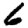
Digit: 6